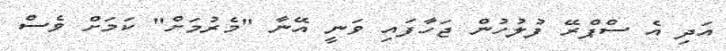
އަދި އެ ސްޕްރޭ ފުލުހުން ޖަހާފައި ވަނީ އޭނާ "މެރުމަށް" ކަމަށް ވެސް